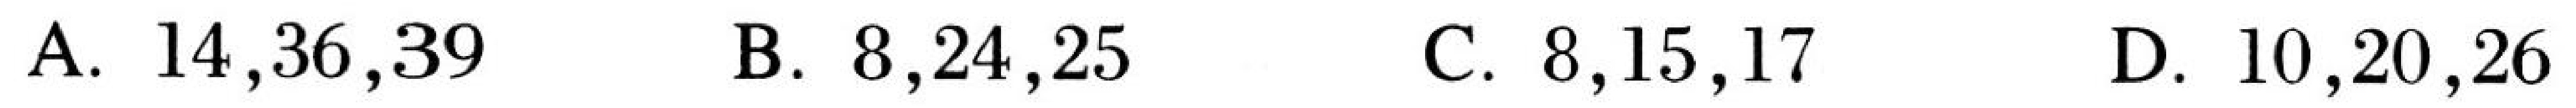
A. \(14,36,39\)  B. \(8,24,25\)  C. \(8,15,17\)  D. \(10,20,26\)